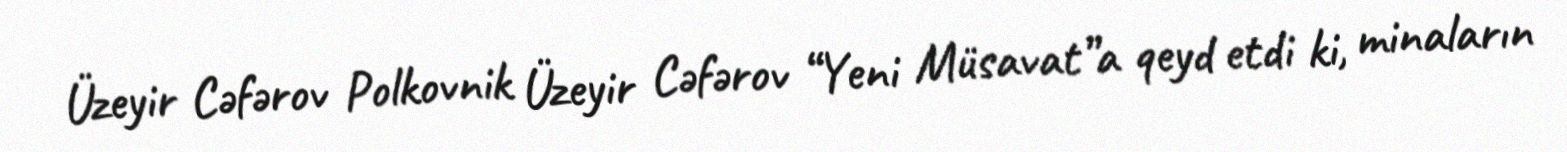
Üzeyir Cəfərov Polkovnik Üzeyir Cəfərov “Yeni Müsavat”a qeyd etdi ki, minaların